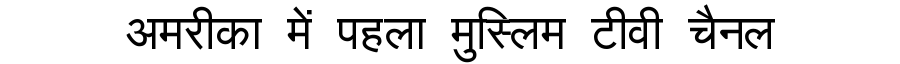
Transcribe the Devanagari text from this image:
अमरीका में पहला मुस्लिम टीवी चैनल